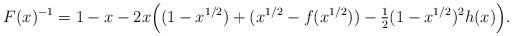
LaTeX: \begin{align*}F(x)^{-1}=1-x-2x\Big((1-x^{1/2})+(x^{1/2}-f(x^{1/2}))-\tfrac{1}{2}(1-x^{1/2})^2h(x)\Big).\end{align*}